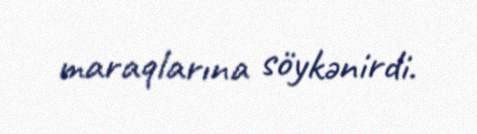
maraqlarına söykənirdi.